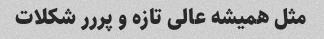
مثل همیشه عالی تازه و پررر شکلات